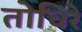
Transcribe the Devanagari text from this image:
तोचिरे